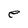
Character: e